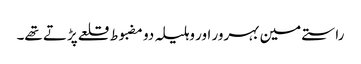
راستے مین بہرور اور وہلیلہ دو مضبوط قلعے پڑتے تھے۔